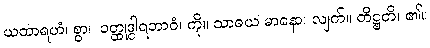
ယထာရဟံ၊ စွာ။ ဝတ္ထုဒွါရဘာဝံ၊ ကို။ သာဓယ မာနော၊ လျက်။ တိဋ္ဌတိ၊ ၏။